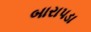
બારાપડા